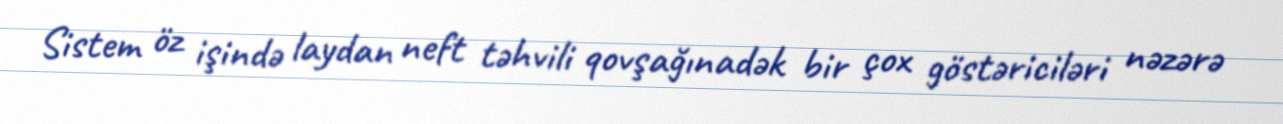
Sistem öz işində laydan neft təhvili qovşağınadək bir çox göstəriciləri nəzərə